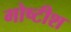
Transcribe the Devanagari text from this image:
गोष्टीश